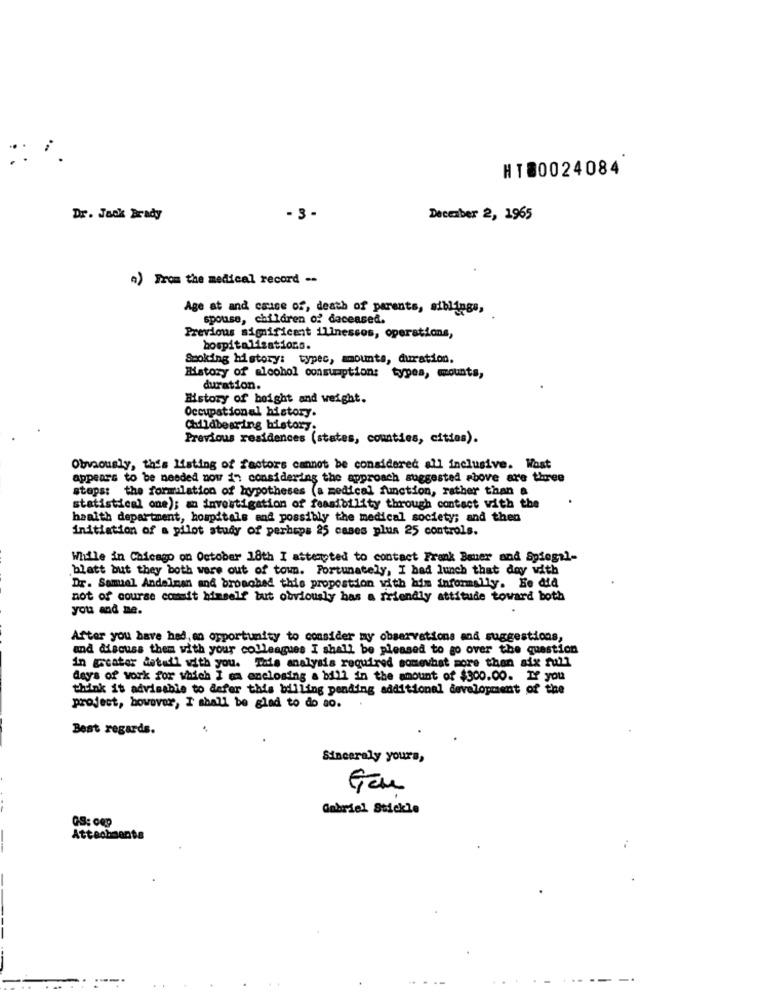
HT80024084
Dr. Jack Brady
- 3 -
December 2, 1965
a) From the medical record --
Age at and cause of, death of parents, siblings,
spouse, children o:' daceased.
Previous significant illnessos, operations,
hospitalisations.
Smoking history: typec, amounts, duration.
MMstory of alcohol consumption: types, mounts,
duration.
History of height and weight.
Occupational history.
Childbearing history.
Previous residences (states, counties, cities).
Obviously, this Listing of factors cannot be considered all inclusive. What
appears to be needed now 17 considering the approach suggested above are three
steps: the formulation of hypotheses (a medical function, rather than a
statistical one); an investigation of feasibility through contact with the
health department, hospitals and possibly the medical society; and then
initiation of a pilot study of perhaps 25 cases plus 25 controls.
While in Chicago on October 18th I attempted to contact Frank Bauer and Spiegil-
blatt but they both were out of town. Fortunately, I had lunch that day with
Dr. Samuel Andelman and broached this propostion with him informally. He did
not of course commit himself but obviously has a friendly attitude toward both
you and me.
After you have had,en opportunity to consider my observations and suggestions,
and discuss them with your colleagues I shall be pleased to go over the question
in greater detail with you. The analysis required somewhat more than aix full
dey's of work for which I am enclosing a bill in the amount of $300.00. If you
think it advisable to defer this billing pending additional development of the
project, however, I shall be glad to do so.
Best regards.
Sincerely yours,
Gen
Gabriel Stickle
GS: cep
Attachments